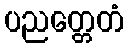
ပညတ္တေတံ